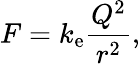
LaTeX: F=k_{\mathrm{e}}{\frac{Q^{2}}{r^{2}}},